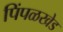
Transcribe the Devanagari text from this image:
पिंपळखेड